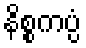
နိစ္စကပ္ပံ